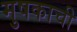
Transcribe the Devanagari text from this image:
मुषकाची